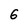
Character: 6